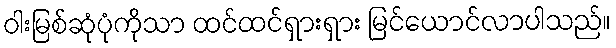
ဝါးမြစ်ဆုံပုံကိုသာ ထင်ထင်ရှားရှား မြင်ယောင်လာပါသည်။